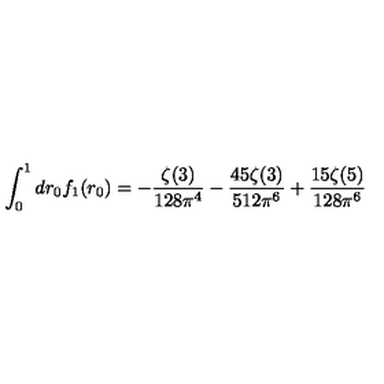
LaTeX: \int _ { 0 } ^ { 1 } d r _ { 0 } f _ { 1 } ( r _ { 0 } ) = - \frac { \zeta ( 3 ) } { 1 2 8 \pi ^ { 4 } } - \frac { 4 5 \zeta ( 3 ) } { 5 1 2 \pi ^ { 6 } } + \frac { 1 5 \zeta ( 5 ) } { 1 2 8 \pi ^ { 6 } }